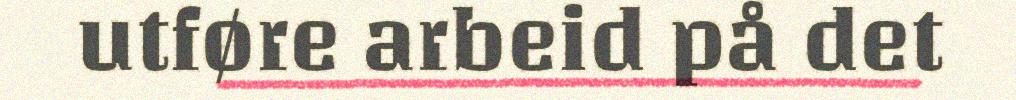
utføre arbeid på det